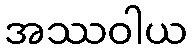
အဿဝါယ